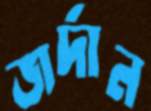
জর্দান